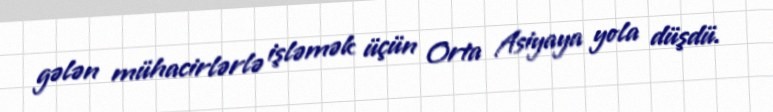
gələn mühacirlərlə işləmək üçün Orta Asiyaya yola düşdü.